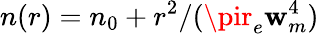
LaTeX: n(r)=n_{0}+r^{2}/(\pir_{e}\mathbf{w}_{m}^{4})